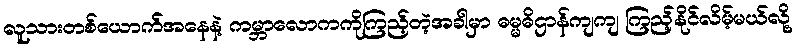
လူသားတစ်ယောက်အနေနဲ့ ကမ္ဘာလောကကိုကြည့်တဲ့အခါမှာ ဓမ္မဓိဌာန်ကျကျ ကြည့်နိုင်လိမ့်မယ်လို့